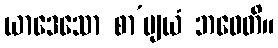
ယာဒေသော စာ’ဗျယံ ဘဝေတိ။